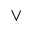
\vee